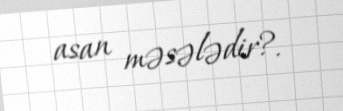
asan məsələdir?.